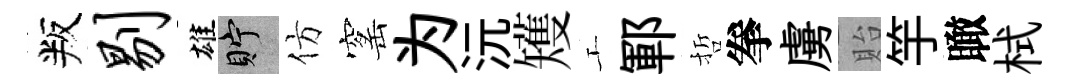
叛剔雄貯仿窰为沅矱工鄆哲拳虜貽竽瞰栻